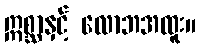
ဣစ္ဆာနှင့် လောဘအထူး။